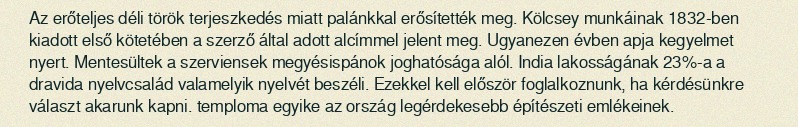
Az erőteljes déli török terjeszkedés miatt palánkkal erősítették meg. Kölcsey munkáinak 1832-ben kiadott első kötetében a szerző által adott alcímmel jelent meg. Ugyanezen évben apja kegyelmet nyert. Mentesültek a szerviensek megyésispánok joghatósága alól. India lakosságának 23%-a a dravida nyelvcsalád valamelyik nyelvét beszéli. Ezekkel kell először foglalkoznunk, ha kérdésünkre választ akarunk kapni. temploma egyike az ország legérdekesebb építészeti emlékeinek.